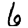
Digit: 6